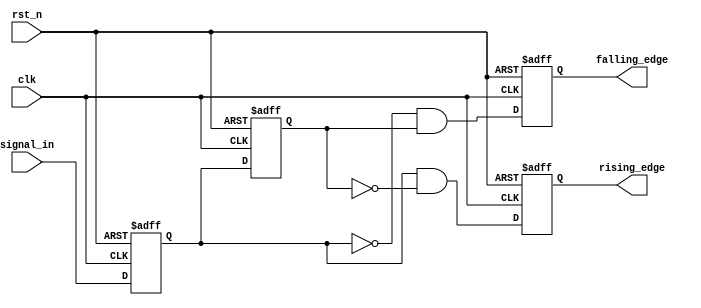
module glitch_free_edge_detector (
    input wire clk,          // Clock signal
    input wire rst_n,       // Active low reset signal
    input wire signal_in,    // Input signal to be monitored
    output reg rising_edge,  // Output signal for rising edge detection
    output reg falling_edge  // Output signal for falling edge detection
);

    // Memory blocks to store current and previous states
    reg signal_current;      // Current state of the input signal
    reg signal_previous;     // Previous state of the input signal

    // Sequential logic to capture the input signal
    always @(posedge clk or negedge rst_n) begin
        if (!rst_n) begin
            signal_current <= 1'b0;  // Reset current state
            signal_previous <= 1'b0; // Reset previous state
            rising_edge <= 1'b0;      // Reset rising edge output
            falling_edge <= 1'b0;     // Reset falling edge output
        end else begin
            // Update previous state with current state
            signal_previous <= signal_current;
            // Latch the current state of the input signal
            signal_current <= signal_in;

            // Edge detection logic
            rising_edge <= (signal_current && !signal_previous); // Rising edge detected
            falling_edge <= (!signal_current && signal_previous); // Falling edge detected
        end
    end

endmodule